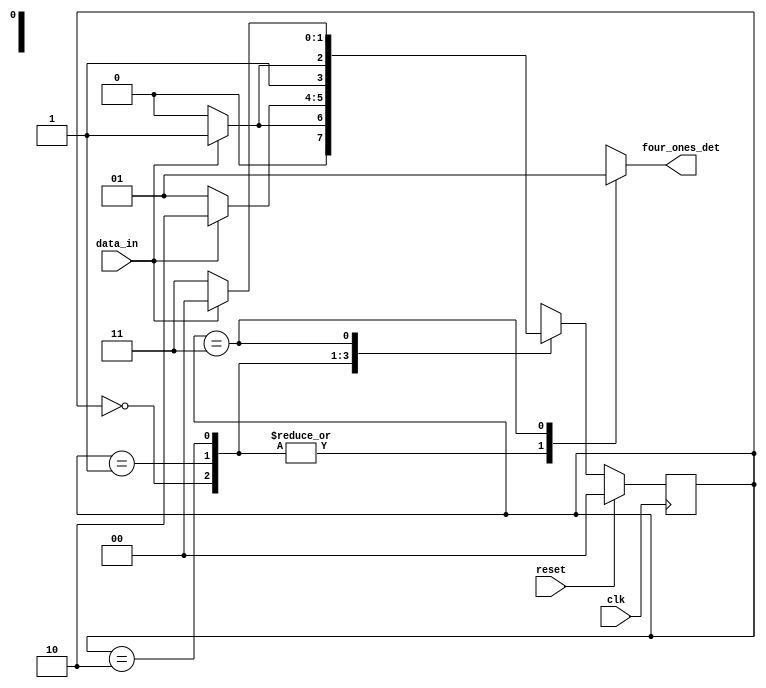
`timescale 1ns / 1ps
//////////////////////////////////////////////////////////////////////////////////
// Company: 
// Engineer: 
// 
// Design Name: 
// Module Name:    Task 
// Project Name: 
// Target Devices: 
// Tool versions: 
// Description: 
//
// Dependencies: 
//
// Revision: 
// Revision 0.01 - File Created
// Additional Comments: 
//
//////////////////////////////////////////////////////////////////////////////////
module Task2(clk, reset, data_in, four_ones_det);

	input clk, reset, data_in;
	output reg four_ones_det;
	reg [1:0] current_state, next_state;

	parameter S0 = 2'b00, S1 = 2'b01, S2 = 2'b10, S3 = 2'b11;
	
	always @(posedge clk)
		begin
			if(reset == 1)
				begin
					current_state <= S0;
				end
			else
				begin
					current_state <= next_state;
				end
		end
		

	always @(current_state or data_in)
		begin
			case(current_state)
				S0: 
					begin
						if(data_in==1)
							next_state<=S1;
						else
							next_state<=S0;
					end
				S1: 
					begin
						if(data_in==1)
							next_state<=S2;
						else
							next_state<=S1;
					end
				S2: 
					begin
						if(data_in==1)
							next_state<=S3;
						else
							next_state<=S2;
					end
				S3: 
					begin
						if(data_in==1)
							next_state<=S0;
						else
							next_state<=S3;
					end
				default: next_state<=0;
			endcase
		end

	always @(current_state)
		begin
			case(current_state)
				S0: four_ones_det=0;
				S1: four_ones_det=0;
				S2: four_ones_det=0;
				S3: four_ones_det=1;
				default: four_ones_det<=0;
			endcase
		end

endmodule